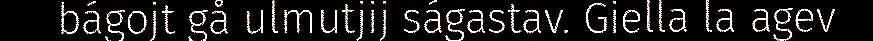
bágojt gå ulmutjij ságastav. Giella la agev